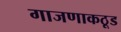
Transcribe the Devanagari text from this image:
गाजणाकठूड